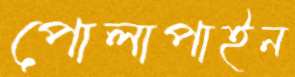
পোলাপাইন